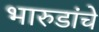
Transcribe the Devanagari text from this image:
भारुडांचे